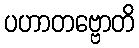
ပဟာတဗ္ဗောတိ